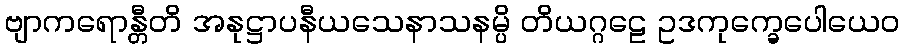
ဗျာကရောန္တီတိ အနုဋ္ဌာပနီယသေနာသနမ္ပိ တိယဂ္ဂဠေ ဥဒကုက္ခေပေါယေဝ